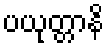
ပယုတ္တာနိ